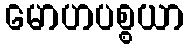
မောဟပစ္စယာ